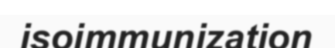
isoimmunization